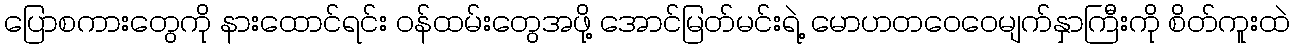
ပြောစကားတွေကို နားထောင်ရင်း ဝန်ထမ်းတွေအဖို့ အောင်မြတ်မင်းရဲ့ မောဟတဝေဝေမျက်နှာကြီးကို စိတ်ကူးထဲ